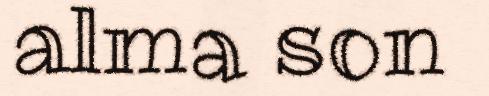
alma son